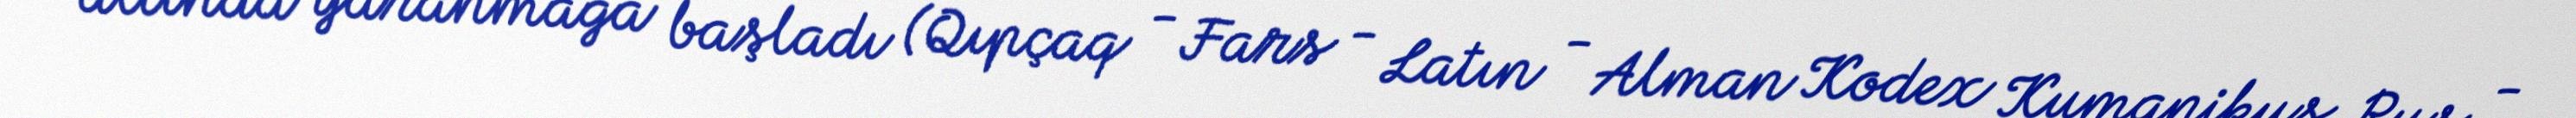
altında yaranmağa başladı (Qıpçaq - Fars - Latın - Alman Kodex Kumanikus, Rus -